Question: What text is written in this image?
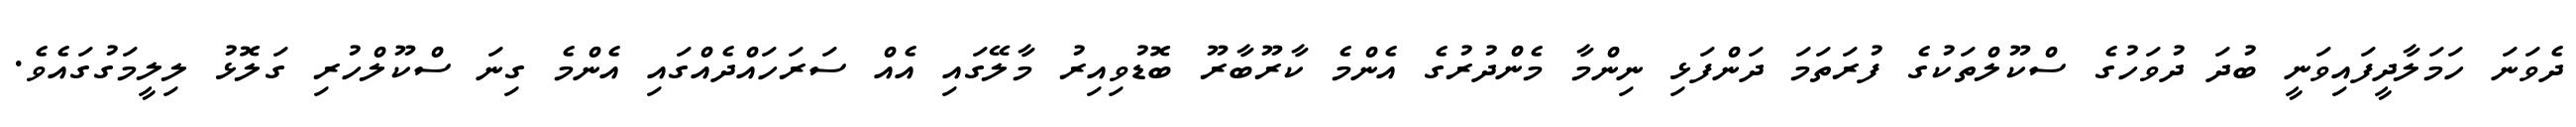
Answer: ދެވަނަ ހަމަލާދީފައިވަނީ ބުދަ ދުވަހުގެ ސްކޫލްތަކުގެ ފުރަތަމަ ދަންފަޅި ނިންމާ މެންދުރުގެ އެންމެ ކާރޫބާރޫ ބޮޑުވިއިރު މާލޭގައި އެއް ސަރަހައްދެއްގައި އެންމެ ގިނަ ސްކޫލްހުރި ގަލޮޅު ލިލީމަގުގައެވެ.